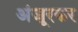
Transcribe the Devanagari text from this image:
अंजूरकर